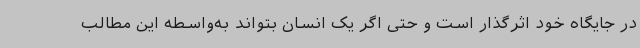
در جایگاه خود اثرگذار است و حتی اگر یک انسان بتواند به‌واسطه این مطالب